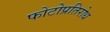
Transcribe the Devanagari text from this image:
फोटोप्रतिरोध